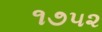
૧૭૫૨